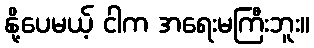
နို့ပေမယ့် ငါက အရေးမကြီးဘူး။